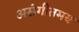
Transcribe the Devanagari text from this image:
असंगीतमय